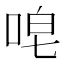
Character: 唣